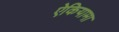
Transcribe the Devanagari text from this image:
ऐकियामा